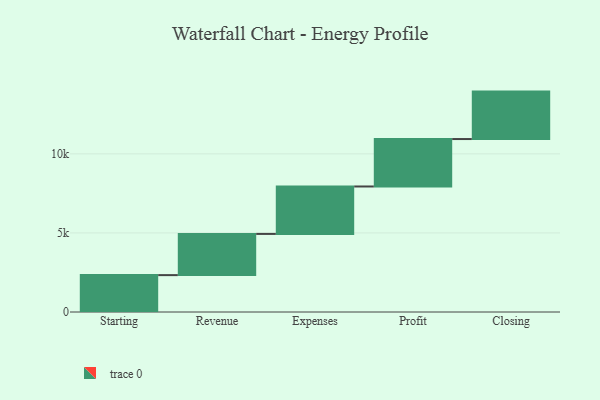
{"axis": {"x": "Step", "y": "Value"}, "legend": [""], "data": [{"x": "Starting", "y": 2332.0, "type": ""}, {"x": "Revenue", "y": 2606.0, "type": ""}, {"x": "Expenses", "y": 3000, "type": ""}, {"x": "Profit", "y": 3000, "type": ""}, {"x": "Closing", "y": 3000, "type": ""}]}